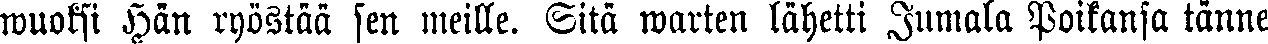
wuoksi Hän ryöstää sen meille. Sitä warten lähetti Jumala Poikansa tänne